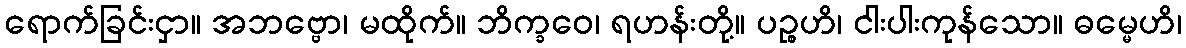
ရောက်ခြင်းငှာ။ အဘဗ္ဗော၊ မထိုက်။ ဘိက္ခဝေ၊ ရဟန်းတို့။ ပဉ္စဟိ၊ ငါးပါးကုန်သော။ ဓမ္မေဟိ၊